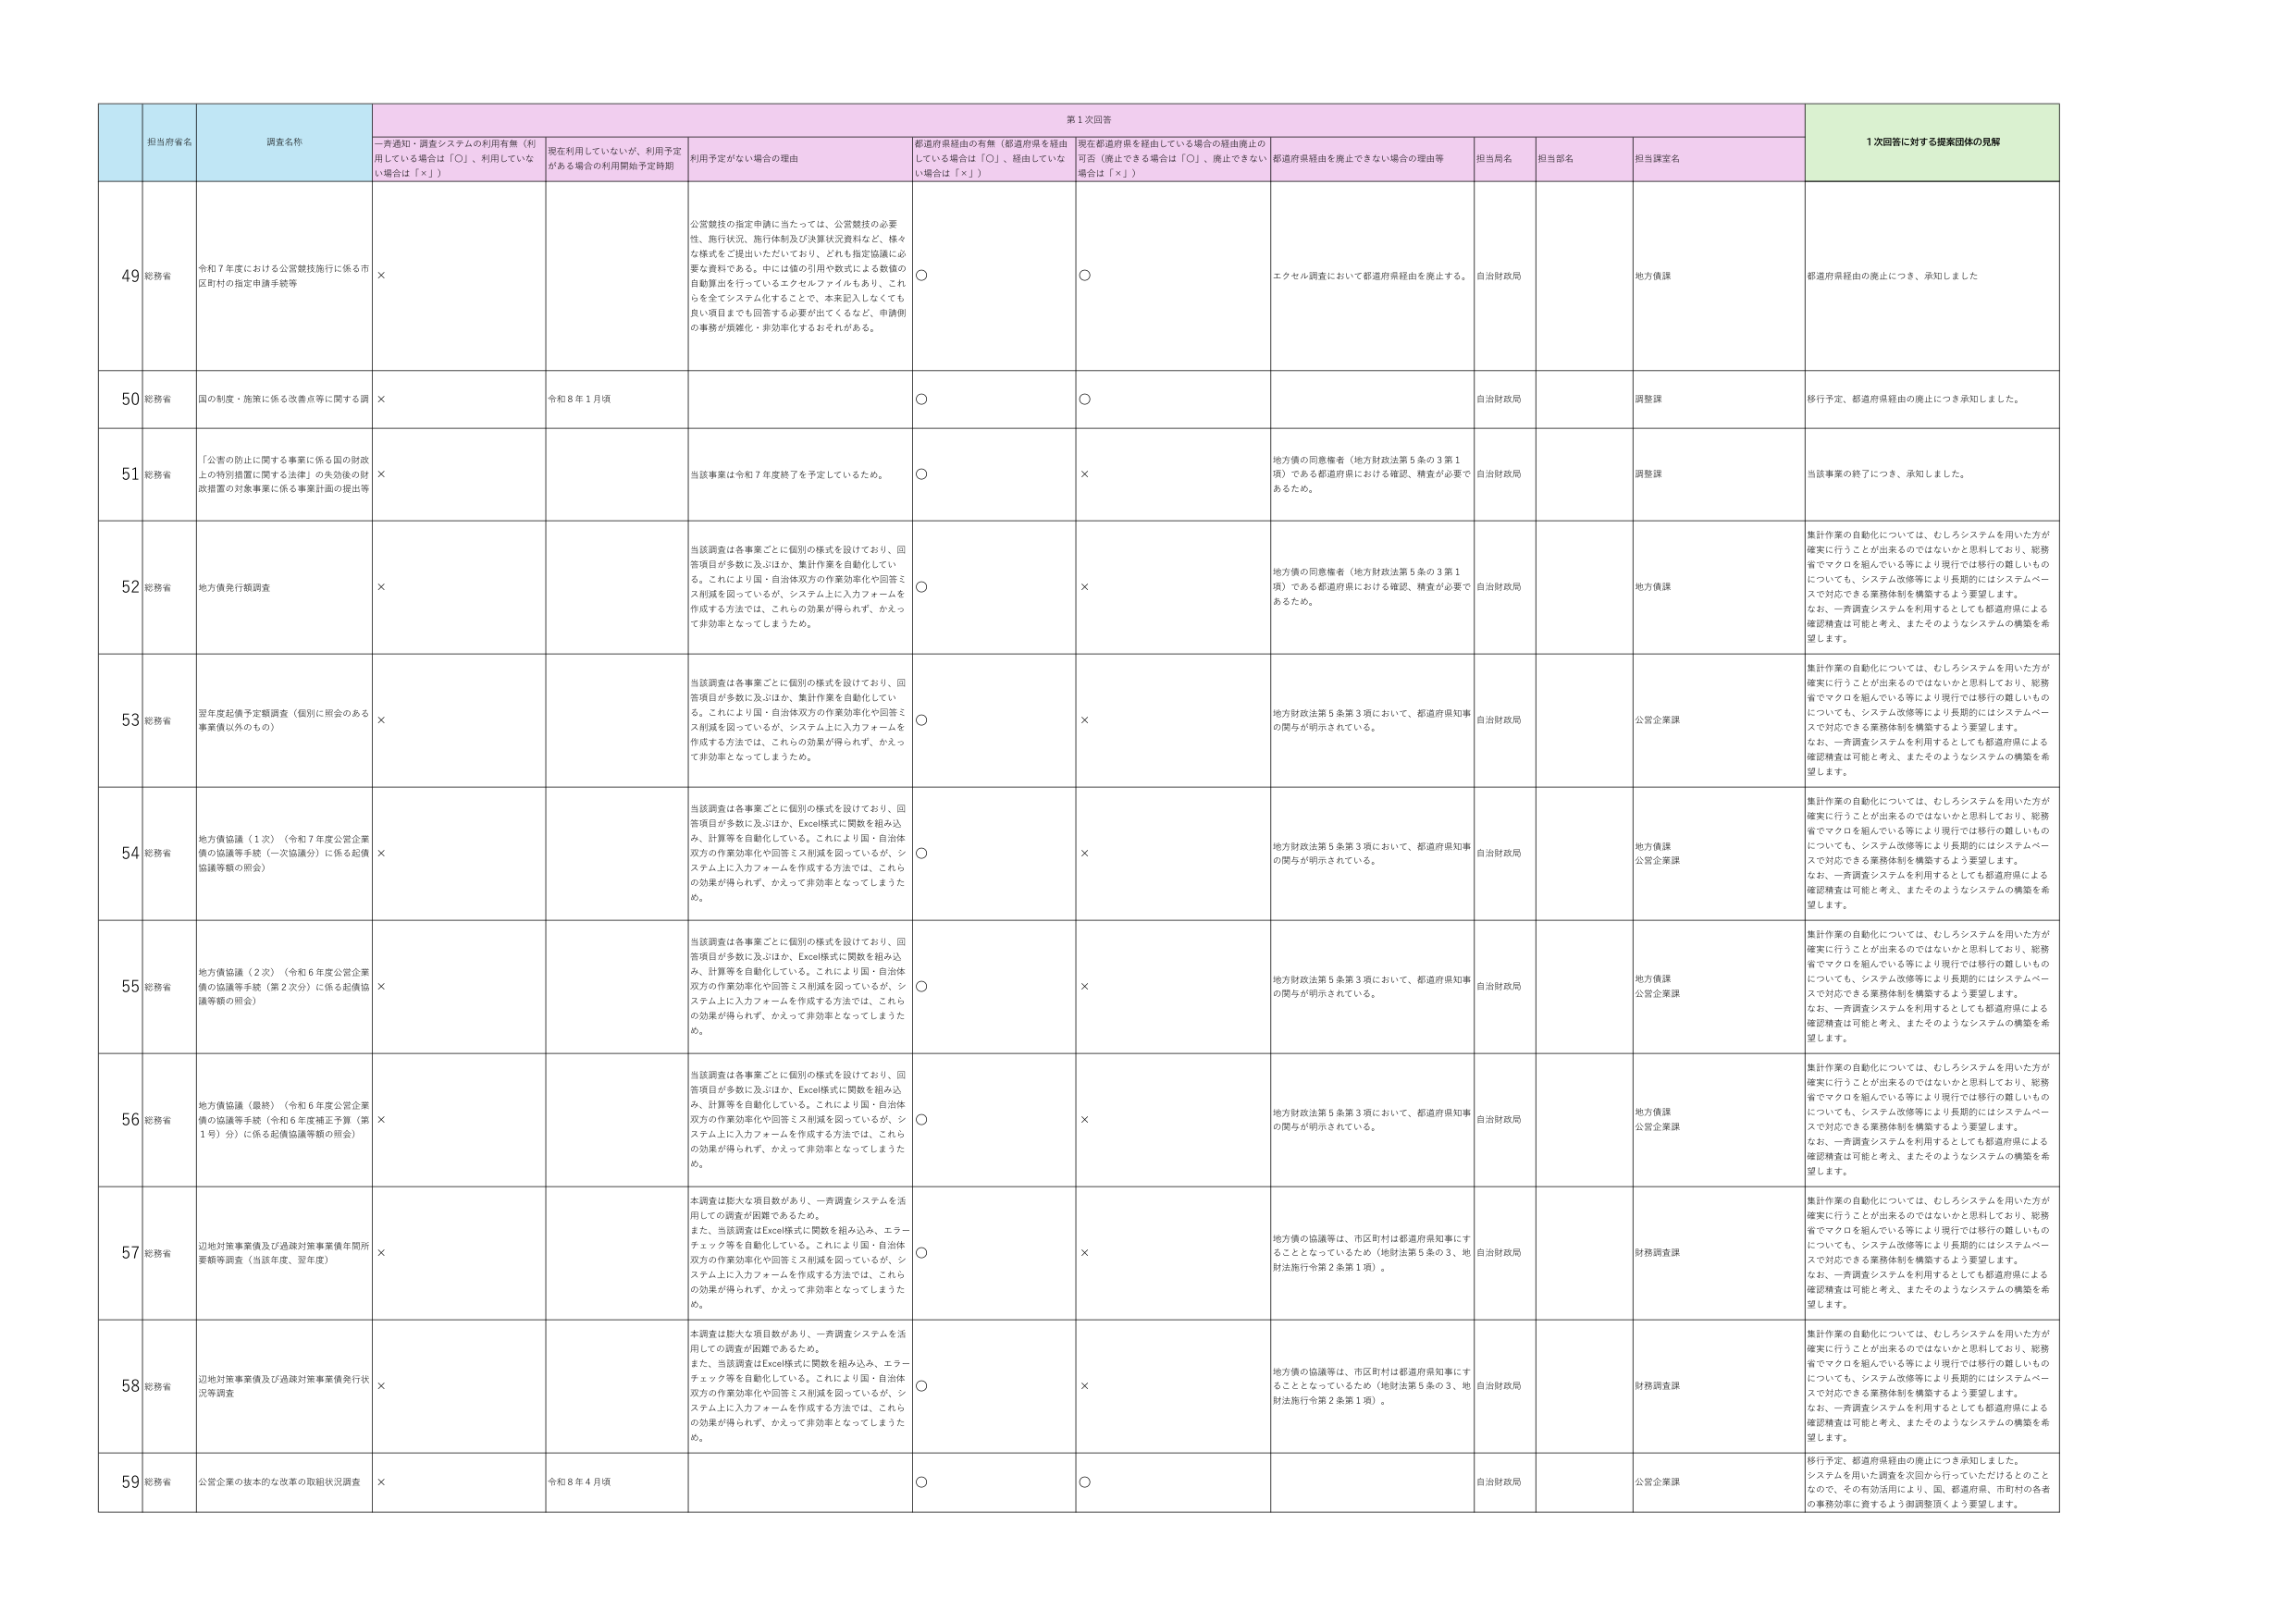
担当府省名 調査名称 一斉通知・調査システムの利用有無（利用している場合は「○」、利用していない場合は「×」） 現在利用していないが、利用予定がある場合の利用開始予定時期 利用予定がない場合の理由 都道府県経由の有無（都道府県を経由している場合は「○」、経由していない場合は「×」） 現在都道府県を経由している場合の経由廃止の可否（廃止できる場合は「○」、廃止できない場合は「×」） 都道府県経由を廃止できない場合の理由等 担当局名 担当部名 担当課室名 1次回答に対する提案団体の見解

49 総務省 令和７年度における公営競技施行に係る市区町村の指定申請手続等 × 公営競技の指定申請に当たっては、公営競技の必要性、施行状況、施行体制及び決算状況資料など、様々な様式を提出いただいており、どれも指定協議に必要な資料である。中には個別の引用や数式による数値の自動算出を行っているエクセルファイルもあり、これらを全てシステム化することで、本来記入しなくても良い項目までも回答する必要が出てくるなど、申請側の事務が煩雑化・非効率化するおそれがある。 ○ ○ エクセル調査において都道府県経由を廃止する。 自治財政局 地方債課 都道府県経由の廃止につき、承知しました

50 総務省 国の制度・施策に係る改善点等に関する調 × 令和８年１月頃 ○ ○ 自治財政局 調整課 移行予定、都道府県経由の廃止につき承知しました。

51 総務省 「公害の防止に関する事業に係る国の財政上の特別措置に関する法律」の失効後の財政措置の対象事業に係る事業計画の提出等 × 当該事業は令和７年度終了を予定しているため。 ○ × 地方債の同意権者（地方財政法第５条の３第１項）である都道府県における確認、精査が必要であるため。 自治財政局 調整課 当該事業の終了につき、承知しました。

52 総務省 地方債発行額調査 × 当該調査は各事業ごとに個別の様式を設けており、回答項目が多数に及ぶほか、集計作業を自動化している。これにより国・自治体双方の作業効率化や回答ミス削減を図っているが、システム上に入力フォームを作成する方法では、これらの効果が得られず、かえって非効率となってしまうため。 ○ × 地方債の同意権者（地方財政法第５条の３第１項）である都道府県における確認、精査が必要であるため。 自治財政局 地方債課 集計作業の自動化については、むしろシステムを用いた方が確実に行うことが出来るのではないかと思料しており、総務省でマクロを組んでいる等により現行では移行の難しいものについても、システム改修等により長期的にはシステムベースで対応できる業務体制を構築するよう要望します。 なお、一斉調査システムを利用するとともに都道府県による確認精査は可能と考え、またそのようなシステムの構築を希望します。

53 総務省 翌年度起債予定額調査（個別に照会のある事業債以外のもの） × 当該調査は各事業ごとに個別の様式を設けており、回答項目が多数に及ぶほか、集計作業を自動化している。これにより国・自治体双方の作業効率化や回答ミス削減を図っているが、システム上に入力フォームを作成する方法では、これらの効果が得られず、かえって非効率となってしまうため。 ○ × 地方財政法第５条第３項において、都道府県知事の関与が明示されている。 自治財政局 公営企業課 集計作業の自動化については、むしろシステムを用いた方が確実に行うことが出来るのではないかと思料しており、総務省でマクロを組んでいる等により現行では移行の難しいものについても、システム改修等により長期的にはシステムベースで対応できる業務体制を構築するよう要望します。 なお、一斉調査システムを利用するとともに都道府県による確認精査は可能と考え、またそのようなシステムの構築を希望します。

54 総務省 地方債協議（１次）（令和７年度公営企業債の協議等手続（一次協議分）に係る起債協議等額の照会） × 当該調査は各事業ごとに個別の様式を設けており、回答項目が多数に及ぶほか、Excel様式に関数を組み込み、計算等を自動化している。これにより国・自治体双方の作業効率化や回答ミス削減を図っているが、システム上に入力フォームを作成する方法では、これらの効果が得られず、かえって非効率となってしまうため。 ○ × 地方財政法第５条第３項において、都道府県知事の関与が明示されている。 自治財政局 地方債課 公営企業課 集計作業の自動化については、むしろシステムを用いた方が確実に行うことが出来るのではないかと思料しており、総務省でマクロを組んでいる等により現行では移行の難しいものについても、システム改修等により長期的にはシステムベースで対応できる業務体制を構築するよう要望します。 なお、一斉調査システムを利用するとともに都道府県による確認精査は可能と考え、またそのようなシステムの構築を希望します。

55 総務省 地方債協議（２次）（令和６年度公営企業債の協議等手続（第２次分）に係る起債協議等額の照会） × 当該調査は各事業ごとに個別の様式を設けており、回答項目が多数に及ぶほか、Excel様式に関数を組み込み、計算等を自動化している。これにより国・自治体双方の作業効率化や回答ミス削減を図っているが、システム上に入力フォームを作成する方法では、これらの効果が得られず、かえって非効率となってしまうため。 ○ × 地方財政法第５条第３項において、都道府県知事の関与が明示されている。 自治財政局 地方債課 公営企業課 集計作業の自動化については、むしろシステムを用いた方が確実に行うことが出来るのではないかと思料しており、総務省でマクロを組んでいる等により現行では移行の難しいものについても、システム改修等により長期的にはシステムベースで対応できる業務体制を構築するよう要望します。 なお、一斉調査システムを利用するとともに都道府県による確認精査は可能と考え、またそのようなシステムの構築を希望します。

56 総務省 地方債協議（最終）（令和６年度公営企業債の協議等手続（令和６年度補正予算（第１号）分）に係る起債協議等額の照会） × 当該調査は各事業ごとに個別の様式を設けており、回答項目が多数に及ぶほか、Excel様式に関数を組み込み、計算等を自動化している。これにより国・自治体双方の作業効率化や回答ミス削減を図っているが、システム上に入力フォームを作成する方法では、これらの効果が得られず、かえって非効率となってしまうため。 ○ × 地方財政法第５条第３項において、都道府県知事の関与が明示されている。 自治財政局 地方債課 公営企業課 集計作業の自動化については、むしろシステムを用いた方が確実に行うことが出来るのではないかと思料しており、総務省でマクロを組んでいる等により現行では移行の難しいものについても、システム改修等により長期的にはシステムベースで対応できる業務体制を構築するよう要望します。 なお、一斉調査システムを利用するとともに都道府県による確認精査は可能と考え、またそのようなシステムの構築を希望します。

57 総務省 辺地対策事業債及び過疎対策事業債年間所要額等調査（当該年度、翌年度） × 本調査は膨大な項目数があり、一斉調査システムを活用しての調査が困難であるため。 また、当該調査はExcel様式に関数を組み込み、エラーチェック等を自動化している。これにより国・自治体双方の作業効率化や回答ミス削減を図っているが、システム上に入力フォームを作成する方法では、これらの効果が得られず、かえって非効率となってしまうため。 ○ × 地方債の協議等は、市区町村は都道府県知事にすることとなっているため（地財法第５条の３、地財法施行令第２条第１項）。 自治財政局 財務調査課 集計作業の自動化については、むしろシステムを用いた方が確実に行うことが出来るのではないかと思料しており、総務省でマクロを組んでいる等により現行では移行の難しいものについても、システム改修等により長期的にはシステムベースで対応できる業務体制を構築するよう要望します。 なお、一斉調査システムを利用するとともに都道府県による確認精査は可能と考え、またそのようなシステムの構築を希望します。

58 総務省 辺地対策事業債及び過疎対策事業債発行状況等調査 × 本調査は膨大な項目数があり、一斉調査システムを活用しての調査が困難であるため。 また、当該調査はExcel様式に関数を組み込み、エラーチェック等を自動化している。これにより国・自治体双方の作業効率化や回答ミス削減を図っているが、システム上に入力フォームを作成する方法では、これらの効果が得られず、かえって非効率となってしまうため。 ○ × 地方債の協議等は、市区町村は都道府県知事にすることとなっているため（地財法第５条の３、地財法施行令第２条第１項）。 自治財政局 財務調査課 集計作業の自動化については、むしろシステムを用いた方が確実に行うことが出来るのではないかと思料しており、総務省でマクロを組んでいる等により現行では移行の難しいものについても、システム改修等により長期的にはシステムベースで対応できる業務体制を構築するよう要望します。 なお、一斉調査システムを利用するとともに都道府県による確認精査は可能と考え、またそのようなシステムの構築を希望します。

59 総務省 公営企業の基本的な改革の取組状況調査 × 令和８年４月頃 ○ ○ 自治財政局 公営企業課 移行予定、都道府県経由の廃止につき承知しました。 システムを用いた調査を次回から行っていただけるとのことなので、その有効活用により、国、都道府県、市町村の各者の事務効率に資するよう御調整頂くよう要望します。